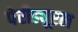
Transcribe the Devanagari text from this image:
पेरीड्यूरल